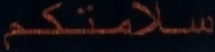
سلامتكم